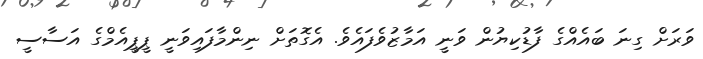
ވަރަށް ގިނަ ބައެއްގެ ފާޑުކިޔުން ވަނީ އަމާޒުވެފައެވެ. އެގޮތަށް ނިންމާފައިވަނީ ޕީޕީއެމްގެ އަސާސީ